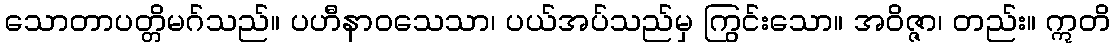
သောတာပတ္တိမဂ်သည်။ ပဟီနာဝသေသာ၊ ပယ်အပ်သည်မှ ကြွင်းသော။ အဝိဇ္ဇာ၊ တည်း။ ဣတိ